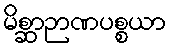
မိစ္ဆာဉာဏပစ္စယာ